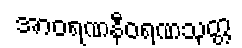
အာဝရဏနီဝရဏသုတ္တ